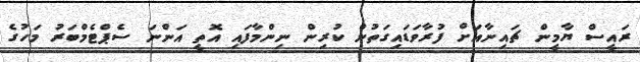
ރައީސް ޔާމީން ޗައިނާއަށް ފުރާވަޑައިގަތުން ކުރިން ނިންމާފައި އޮތީ އަންނަ ސެޕްޓެމްބަރު މަހުގެ